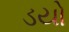
ડયો